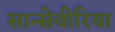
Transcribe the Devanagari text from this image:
सान्सेवीरिया